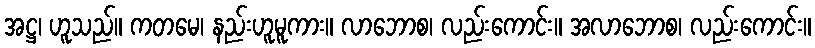
အဋ္ဌ၊ ဟူသည်။ ကတမေ၊ နည်းဟူမူကား။ လာဘောစ၊ လည်းကောင်း။ အလာဘောစ၊ လည်းကောင်း။